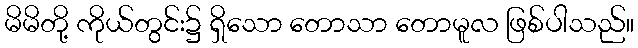
မိမိတို့ ကိုယ်တွင်း၌ ရှိသော တောသာ တောမူလ ဖြစ်ပါသည်။